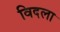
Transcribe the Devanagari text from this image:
विदला